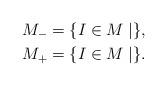
LaTeX: \begin{align*}M_- &= \{ I\in M \mid \}, \\M_+ &= \{ I\in M \mid \}.\end{align*}